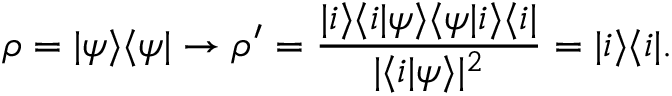
\rho = | \psi \rangle \langle \psi | \to \rho ^ { \prime } = { \frac { | i \rangle \langle i | \psi \rangle \langle \psi | i \rangle \langle i | } { | \langle i | \psi \rangle | ^ { 2 } } } = | i \rangle \langle i | .